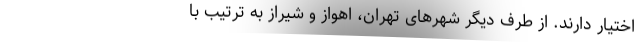
اختیار دارند. از طرف دیگر شهرهای تهران، اهواز و شیراز به ترتیب با